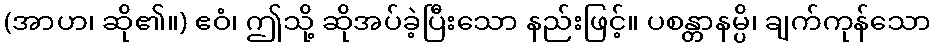
(အာဟ၊ ဆို၏။) ဧဝံ၊ ဤသို့ ဆိုအပ်ခဲ့ပြီးသော နည်းဖြင့်။ ပစန္တာနမ္ပိ၊ ချက်ကုန်သော